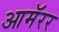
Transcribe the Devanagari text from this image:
आमॅरर